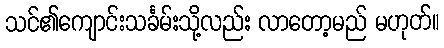
သင်၏ကျောင်းသင်္ခမ်းသို့လည်း လာတော့မည် မဟုတ်။